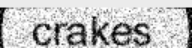
crakes